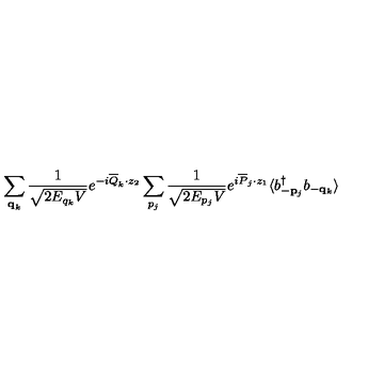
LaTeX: \sum _ { { \bf q } _ { k } } \frac { 1 } { \sqrt { 2 E _ { q _ { k } } V } } e ^ { - i \overline { { Q } } _ { k } \cdot z _ { 2 } } \sum _ { p _ { j } } \frac { 1 } { \sqrt { 2 E _ { p _ { j } } V } } e ^ { i \overline { { P } } _ { j } \cdot z _ { 1 } } \langle b _ { - { \bf p } _ { j } } ^ { \dagger } b _ { - { \bf q } _ { k } } \rangle